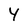
Character: Y